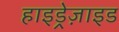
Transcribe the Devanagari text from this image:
हाइड्रेज़ाइड